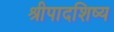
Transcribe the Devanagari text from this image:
श्रीपादशिष्य